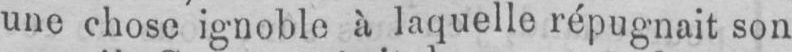
une chose ignoble à laquelle répugnait son